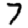
Digit: 7